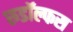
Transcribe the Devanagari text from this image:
रुडॉल्फस